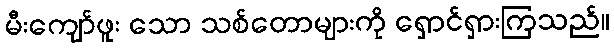
မီးကျော်ဖူး သော သစ်တောများကို ရှောင်ရှားကြသည်။